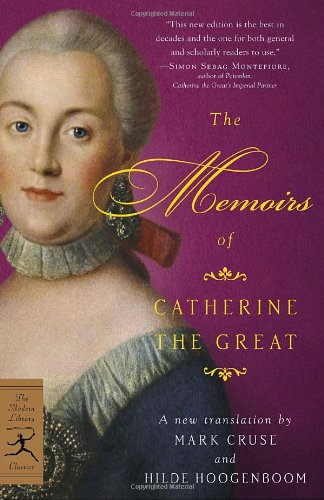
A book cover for The Memoirs of Catherine the Great (Modern Library Classics); Catherine the Great; Travel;